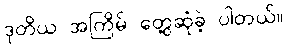
ဒုတိယ အကြိမ် တွေ့ဆုံခဲ့ ပါတယ်။